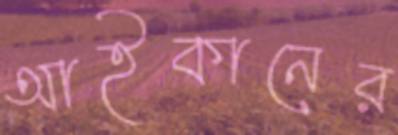
আইকানের